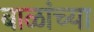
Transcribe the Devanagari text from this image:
बाळांच्या